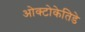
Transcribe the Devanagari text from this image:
ओक्टोकेतिडे